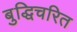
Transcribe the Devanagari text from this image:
बुद्धिचरित